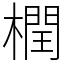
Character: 橍